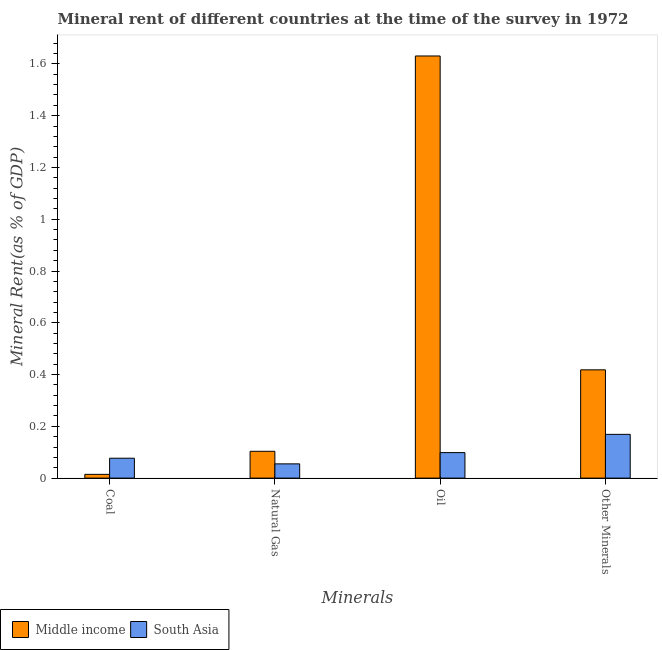
| Minerals | Middle income | South Asia |
 | --- | --- | --- |
 | Coal | 0.0146 | 0.0769 |
 | Natural Gas | 0.104 | 0.055 |
 | Oil | 1.63 | 0.0985 |
 | Other Minerals | 0.418 | 0.169 |